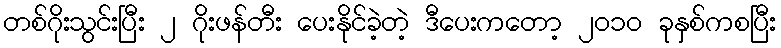
တစ်ဂိုးသွင်းပြီး ၂ ဂိုးဖန်တီး ပေးနိုင်ခဲ့တဲ့ ဒီပေးကတော့ ၂၀၁၀ ခုနှစ်ကစပြီး